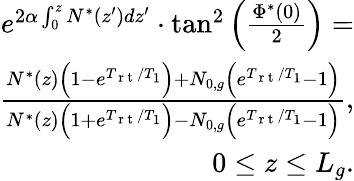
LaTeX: \begin{array}{r}{e^{2\alpha\int_{0}^{z}N^{*}(z^{\prime})dz^{\prime}}\cdot\tan^{2}\Big(\frac{\Phi^{*}(0)}{2}\Big)=}\\ {\frac{N^{*}(z)\Big(1-e^{T_{\mathrm{~r~t~}}/T_{1}}\Big)+N_{0,g}\Big(e^{T_{\mathrm{~r~t~}}/T_{1}}-1\Big)}{N^{*}(z)\Big(1+e^{T_{\mathrm{~r~t~}}/T_{1}}\Big)-N_{0,g}\Big(e^{T_{\mathrm{~r~t~}}/T_{1}}-1\Big)},}\\ {0\le z\le L_{g}.}\end{array}